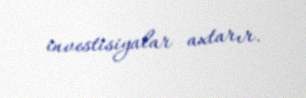
investisiyalar axtarır.